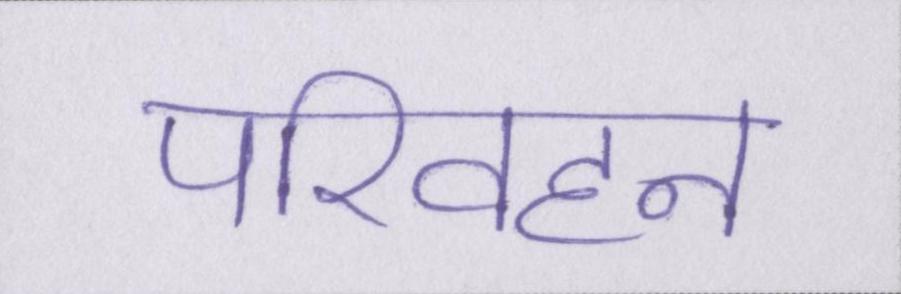
परिवहन